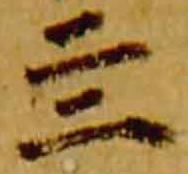
四